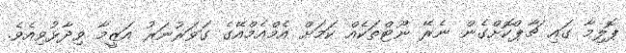
ޕޮލިމާ ގައި ޗާޕްކޮށްގެން ނެރޭ ނޫޓްތަކެއް ކަމަށް އެމްއެމްއޭގެ ގަވަރުނަރު އަޒީމާ ވިދާޅުވިއެވެ.